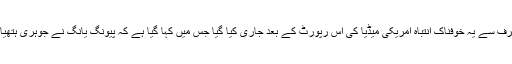
خبر رساں ادارے اے ایف پی کے مطابق امریکی صدر کی طرف سے یہ خوفناک انتباہ امریکی میڈیا کی اس رپورٹ کے بعد جاری کیا گیا جس میں کہا گیا ہے کہ پیونگ یانگ نے جوہری ہتھیار کا سائز انتہائی چھوٹا کرنے میں کامیابی حاصل کر لی ہے۔